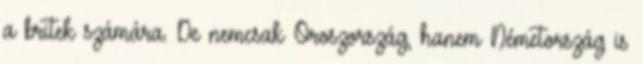
a britek számára. De nemcsak Oroszország, hanem Németország is